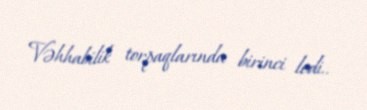
Vəhhabilik torpaqlarında birinci ledi..